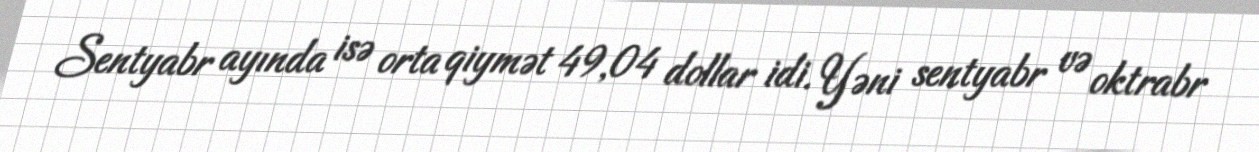
Sentyabr ayında isə orta qiymət 49,04 dollar idi. Yəni sentyabr və oktrabr